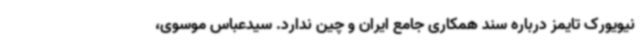
نیویورک تایمز درباره سند همکاری جامع ایران و چین ندارد. سیدعباس موسوی،